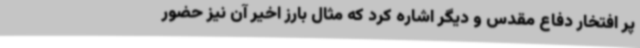
پر افتخار دفاع مقدس و دیگر اشاره کرد که مثال بارز اخیر آن نیز حضور